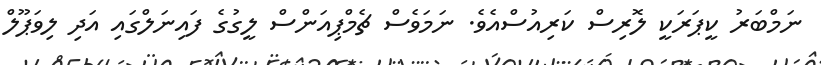
ނަމްބަރު ކީޕަރަކީ ލޮރިސް ކަރިއުސްއެވެ. ނަމަވެސް ޗެމްޕިއަންސް ލީގުގެ ފައިނަލްގައި އަދި ލިވަޕޫލް